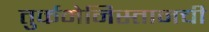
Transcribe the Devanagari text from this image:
तुर्कमेनिस्तानची